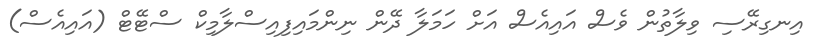
އިނގިރޭސި ވިލާތުން ވެސް އައިއެސް އަށް ހަމަލާ ދޭން ނިންމައިފިއިސްލާމިކް ސްޓޭޓް (އައިއެސް)